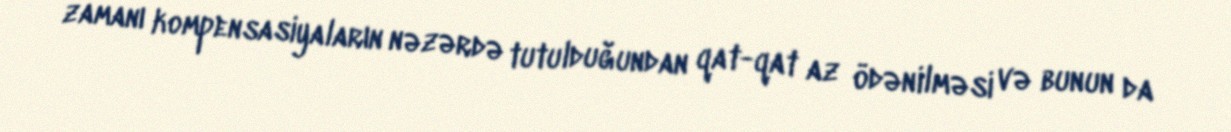
zamanı kompensasiyaların nəzərdə tutulduğundan qat-qat az ödənilməsi və bunun da